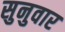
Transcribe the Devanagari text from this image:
सुनुवार